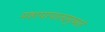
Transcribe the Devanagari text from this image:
महापापात्प्रमुच्यते